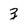
Character: z